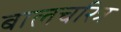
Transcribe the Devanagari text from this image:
बालचरित्र